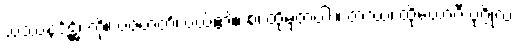
သဿနဒိံဋ္ဌိံ၊ ကို။ ပဇဟတိ၊ ပယ်၏။ စ၊ ထိုမှတပါး။ တဿ၊ ထိုယောဂီ ပုဂ္ဂိုလ်